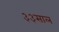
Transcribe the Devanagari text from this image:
३३साल